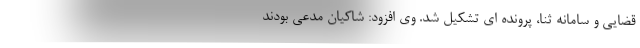
قضایی و سامانه ثنا، پرونده ای تشکیل شد. وی افزود: شاکیان مدعی بودند